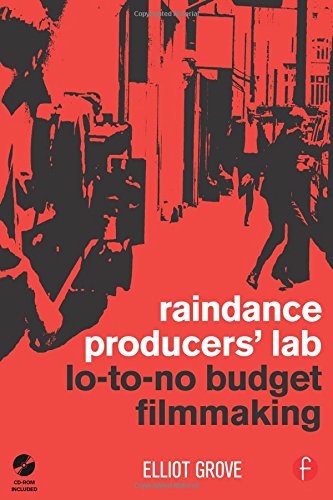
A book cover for Raindance Producers' Lab Lo-To-No Budget Filmmaking; Elliot Grove; Humor & Entertainment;